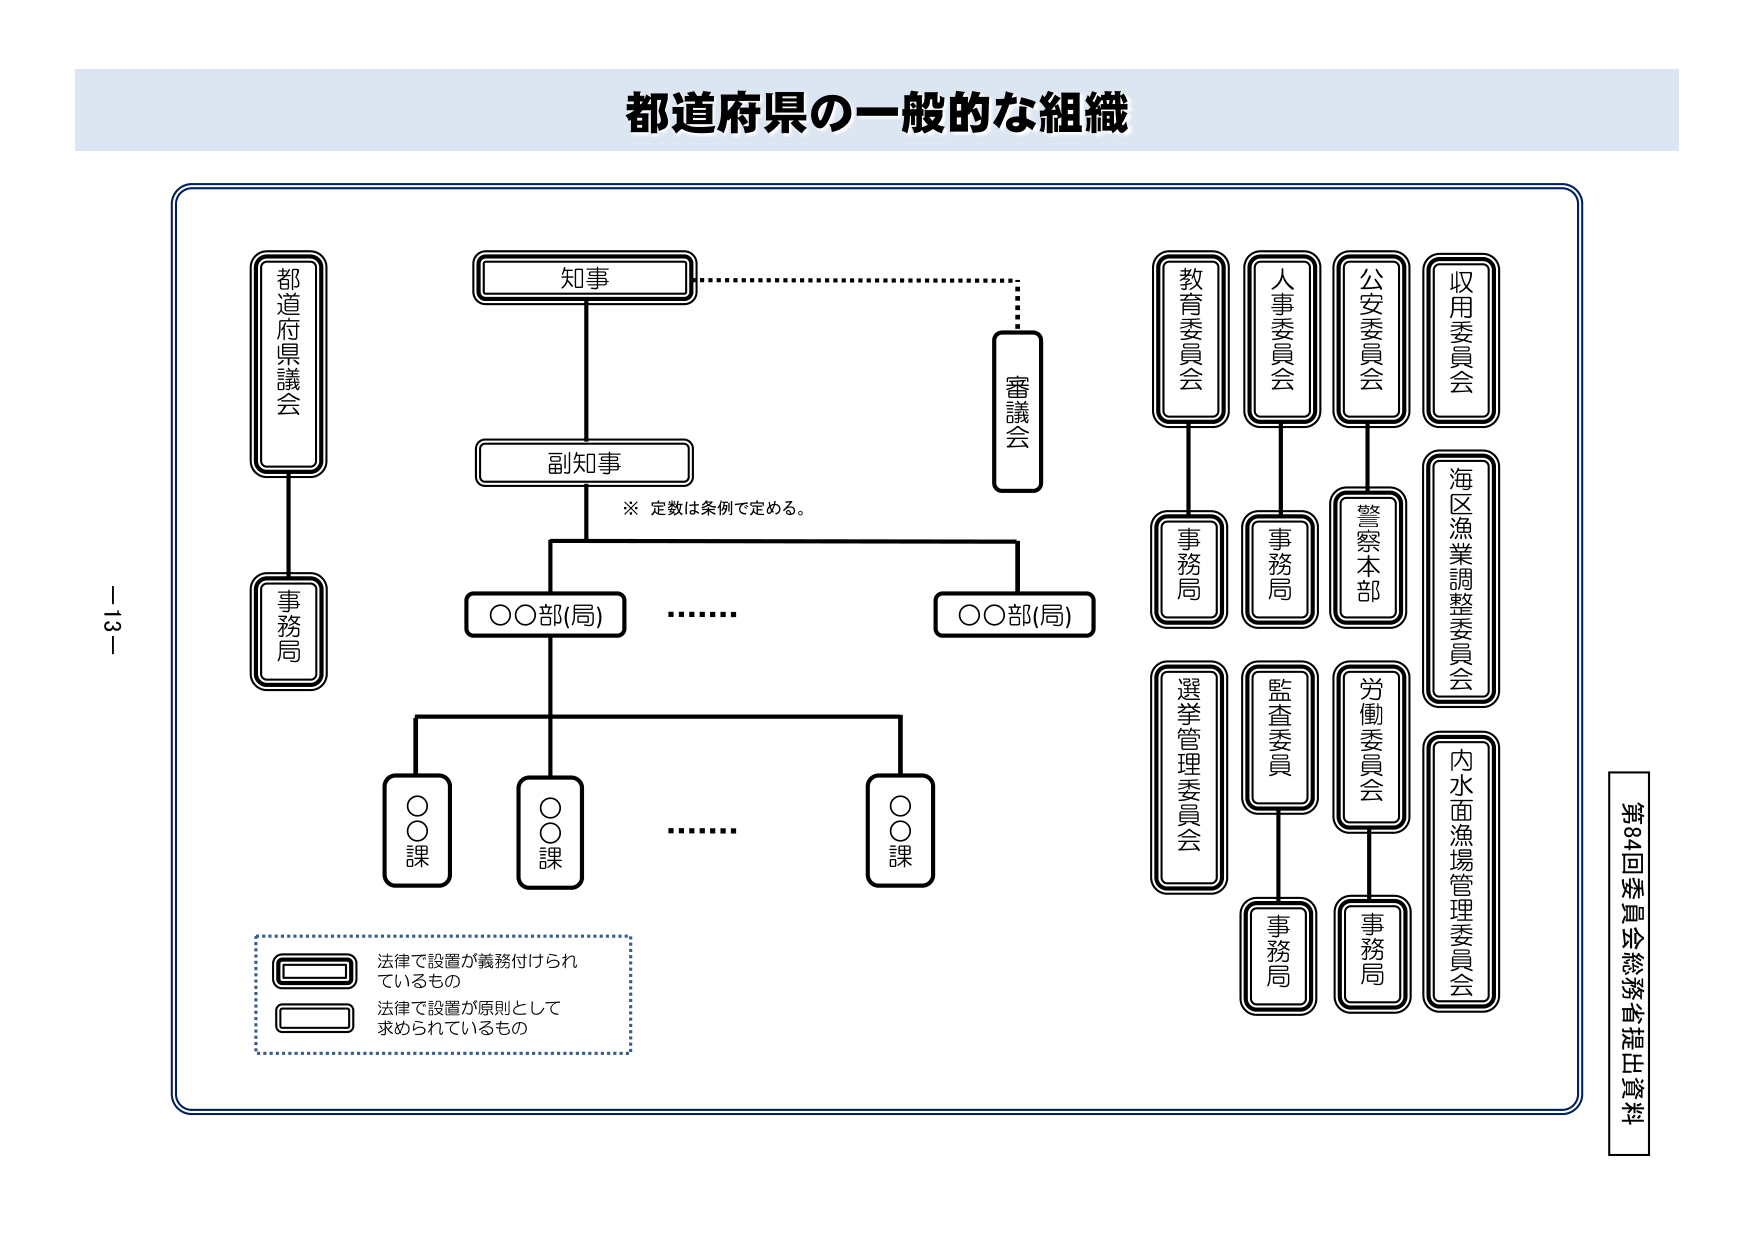
都道府県の一般的な組織

都道府県議会
事務局

知事
副知事
※ 定数は条例で定める。
○○部(局)
○○課
○○課
○○課
……
○○部(局)

審議会

教育委員会
事務局

人事委員会
事務局

公安委員会
警察本部

収用委員会
海区漁業調整委員会
内水面漁場管理委員会

選挙管理委員会

監査委員
事務局

労働委員会
事務局

法律で設置が義務付けられているもの
法律で設置が原則として求められているもの

第84回委員会総務省提出資料

－13－